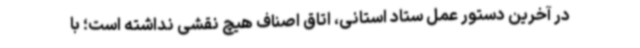
در آخرین دستور عمل ستاد استانی، اتاق اصناف هیچ نقشی نداشته است؛ با